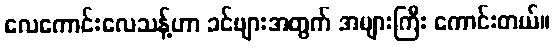
လေကောင်းလေသန့်ဟာ ခင်ဗျားအတွက် အများကြီး ကောင်းတယ်။